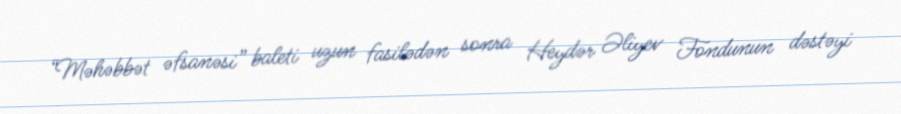
“Məhəbbət əfsanəsi” baleti uzun fasilədən sonra Heydər Əliyev Fondunun dəstəyi